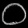
Digit: ၀